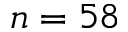
n = 5 8